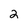
Character: 2